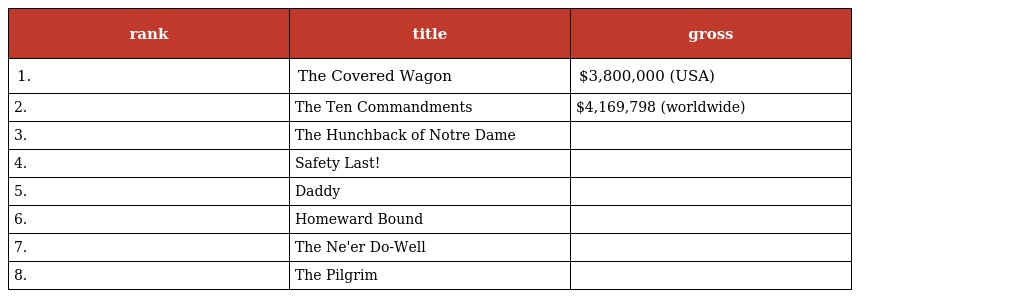
| rank | title | gross |
 | --- | --- | --- |
 | 1. | The Covered Wagon | $3,800,000 (USA) |
 | 2. | The Ten Commandments | $4,169,798 (worldwide) |
 | 3. | The Hunchback of Notre Dame |  |
 | 4. | Safety Last! |  |
 | 5. | Daddy |  |
 | 6. | Homeward Bound |  |
 | 7. | The Ne'er Do-Well |  |
 | 8. | The Pilgrim |  |